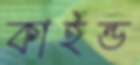
কাইন্ড